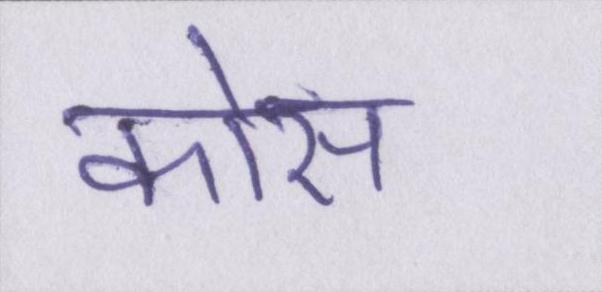
कोस